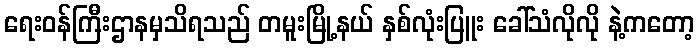
ရေးဝန်ကြီးဌာနမှသိရသည် တမူးမြို့နယ် နှစ်လုံးပြူး ခေါ်သံလိုလို နဲ့ကတော့